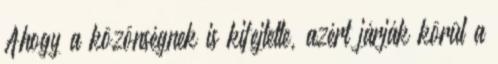
Ahogy a közönségnek is kifejtette, azért járják körül a